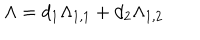
\Lambda = d _ { 1 } \Lambda _ { 1 , 1 } + d _ { 2 } \Lambda _ { 1 , 2 }